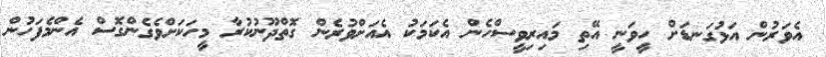
އެވަރުން އަޅުގަނޑަށް ހީވަނީ އޭތި މައިރިވީސްހެން އެކަމަކު އެއަށްވުރެން ގޮތްދޫނުކުރާ މީހަކަށްވެގެންގޮސް އެންމެފަހުން